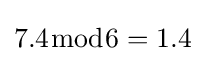
7.4{\bmod {6}}=1.4